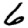
Digit: 6